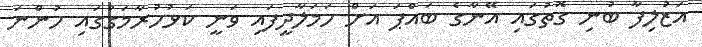
އަޒުލިފާ ބުނި ގޮތުގައި އޭނާގެ ބައްޕަ އަށް ހަމަލާދީފައި ވަނީ ކަޅުހުރާމަގުގައި ހުންނަ